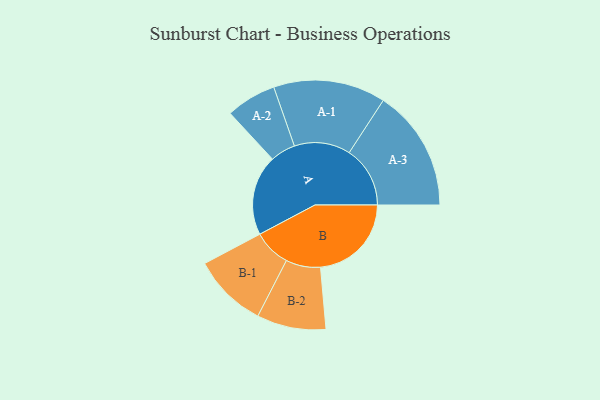
{"axis": {"x": "Segment", "y": "Value"}, "legend": ["", "A", "B"], "data": [{"x": "A", "y": 351, "type": ""}, {"x": "B", "y": 397, "type": ""}, {"x": "A-1", "y": 245, "type": "A"}, {"x": "A-2", "y": 110, "type": "A"}, {"x": "A-3", "y": 266, "type": "A"}, {"x": "B-1", "y": 163, "type": "B"}, {"x": "B-2", "y": 151, "type": "B"}]}